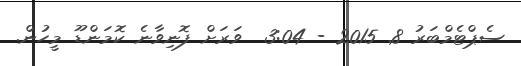
ސެޕްޓެމްބަރު 8